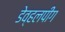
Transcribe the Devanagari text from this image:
डेव्हलपींग